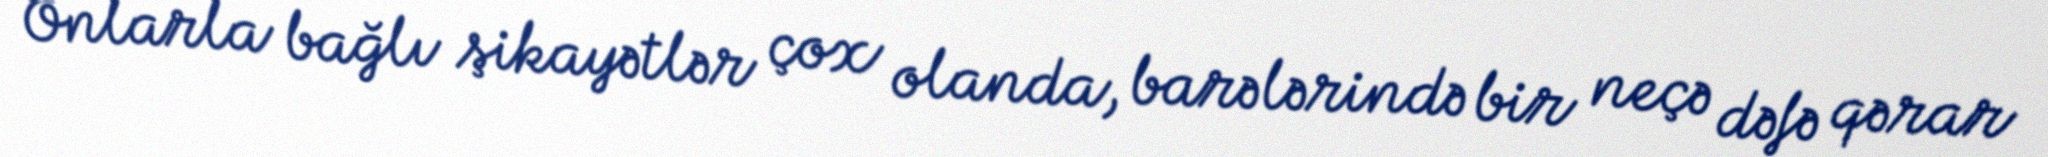
Onlarla bağlı şikayətlər çox olanda, barələrində bir neçə dəfə qərar